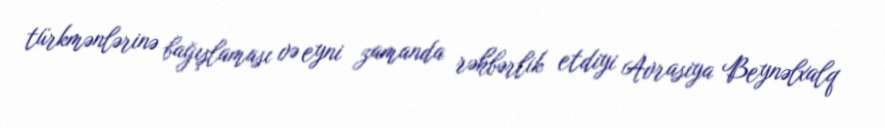
türkmənlərinə bağışlaması və eyni zamanda rəhbərlik etdiyi Avrasiya Beynəlxalq